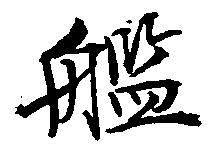
艦